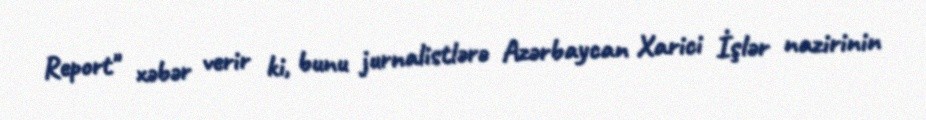
Report" xəbər verir ki, bunu jurnalistlərə Azərbaycan Xarici İşlər nazirinin